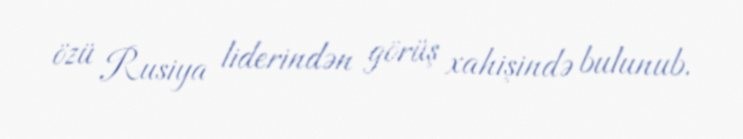
özü Rusiya liderindən görüş xahişində bulunub.